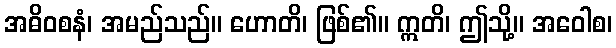
အဓိဝစနံ၊ အမည်သည်။ ဟောတိ၊ ဖြစ်၏။ ဣတိ၊ ဤသို့။ အဝေါစ၊